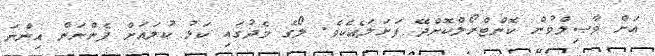
އަށް ވާޞިލްވުން ކޮންޓްރޯލްކޮށްދޭ ފަށަލައެކެވެ. ލޯގެ މެދުގައި ކަޅު ކުލައަށް ފެންނަން އިންނަ